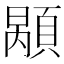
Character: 𩓷